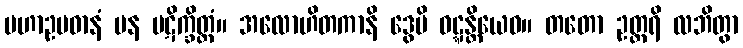
မဟာဥပဓာနံ ပန ပဋိက္ခိတ္တံ။ အလောဟိတကာနိ ဒွေပိ ဝဋ္ဋန္တိယေဝ။ တတော ဥတ္တရိ လဘိတွာ